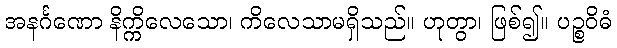
အနင်္ဂဏော နိက္ကိလေသော၊ ကိလေသာမရှိသည်။ ဟုတွာ၊ ဖြစ်၍။ ပဉ္စဝိဓံ